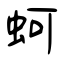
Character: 蚵